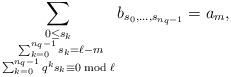
LaTeX: \begin{align*}\sum_{\substack{0\leq s_k\\\ \sum_{k=0}^{n_q-1}s_k=\ell-m\\\sum_{k=0}^{n_q-1} q^ks_k\equiv 0 \bmod{\ell}}} b_{s_0,\dots,s_{n_q-1}}=a_m,\end{align*}